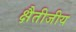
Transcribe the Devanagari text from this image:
क्षैतीजीय